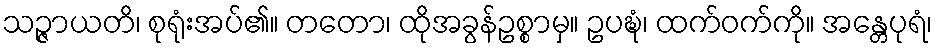
သဉ္ဇာယတိ၊ စုရုံးအပ်၏။ တတော၊ ထိုအခွန်ဥစ္စာမှ။ ဥပဍ္ဎံ၊ ထက်ဝက်ကို။ အန္တေပုရံ၊